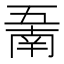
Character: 𱎖